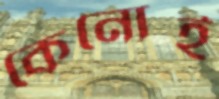
কেনোই